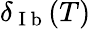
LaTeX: \delta_{\mathrm{~I~b~}}(T)